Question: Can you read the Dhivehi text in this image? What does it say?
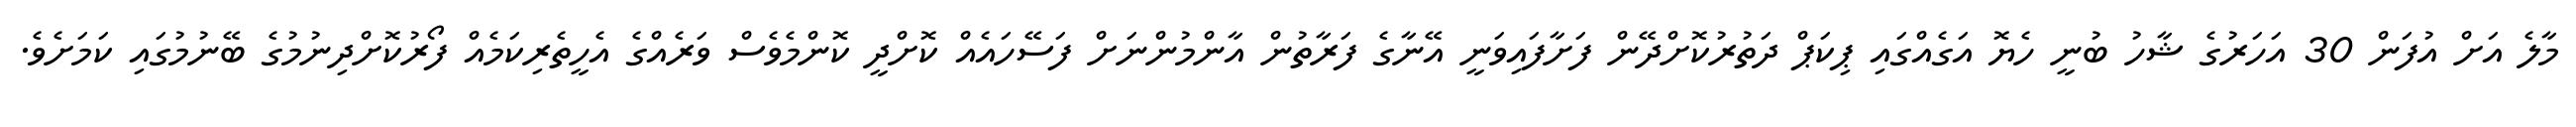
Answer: މާލެ އަށް އުފަން 30 އަހަރުގެ ޝާހު ބުނީ ހެޔޮ އަގެއްގައި ޕިކަޕް ދަތުރުކޮށްދޭން ފަށާފައިވަނީ އޭނާގެ ފަރާތުން އާންމުންނަށް ފަސޭހައެއް ކޮށްދީ ކޮންމެވެސް ވަރެއްގެ އެހީތެރިކަމެއް ފޯރުކޮށްދިނުމުގެ ބޭނުމުގައި ކަމަށެވެ.